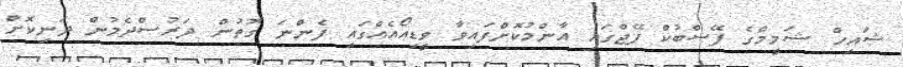
ޝައިހް ޝަމީމްގެ ފޭސްބުކް ޕޭޖްގައި އާންމުކޮށްފައިވާ ވީޑިއޯއެއްގައި ފެންނަ ގޮތުން ދަރުސްދެމުން ދަނިކޮށް